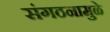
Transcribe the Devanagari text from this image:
संगठनामुळे